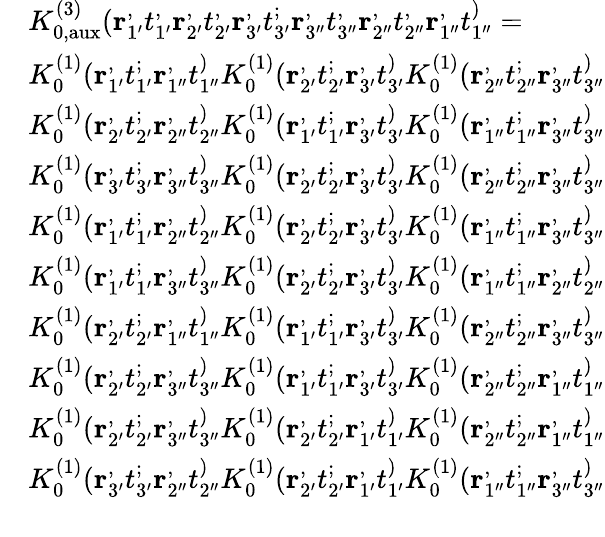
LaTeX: \begin{array}{rl}&{K_{0,\mathrm{aux}}^{(3)}(\mathbf{r}_{1^{\prime}}^,t_{1^{\prime}}^,\mathbf{r}_{2^{\prime}}^,t_{2^{\prime}}^,\mathbf{r}_{3^{\prime}}^,t_{3^{\prime}}^;\mathbf{r}_{3^{\prime\prime}}^,t_{3^{\prime\prime}}^,\mathbf{r}_{2^{\prime\prime}}^,t_{2^{\prime\prime}}^,\mathbf{r}_{1^{\prime\prime}}^,t_{1^{\prime\prime}}^)=}\\ &{K_{0}^{(1)}(\mathbf{r}_{1^{\prime}}^,t_{1^{\prime}}^;\mathbf{r}_{1^{\prime\prime}}^,t_{1^{\prime\prime}}^)K_{0}^{(1)}(\mathbf{r}_{2^{\prime}}^,t_{2^{\prime}}^;\mathbf{r}_{3^{\prime}}^,t_{3^{\prime}}^)K_{0}^{(1)}(\mathbf{r}_{2^{\prime\prime}}^,t_{2^{\prime\prime}}^;\mathbf{r}_{3^{\prime\prime}}^,t_{3^{\prime\prime}}^)}\\ &{K_{0}^{(1)}(\mathbf{r}_{2^{\prime}}^,t_{2^{\prime}}^;\mathbf{r}_{2^{\prime\prime}}^,t_{2^{\prime\prime}}^)K_{0}^{(1)}(\mathbf{r}_{1^{\prime}}^,t_{1^{\prime}}^;\mathbf{r}_{3^{\prime}}^,t_{3^{\prime}}^)K_{0}^{(1)}(\mathbf{r}_{1^{\prime\prime}}^,t_{1^{\prime\prime}}^;\mathbf{r}_{3^{\prime\prime}}^,t_{3^{\prime\prime}}^)}\\ &{K_{0}^{(1)}(\mathbf{r}_{3^{\prime}}^,t_{3^{\prime}}^;\mathbf{r}_{3^{\prime\prime}}^,t_{3^{\prime\prime}}^)K_{0}^{(1)}(\mathbf{r}_{2^{\prime}}^,t_{2^{\prime}}^;\mathbf{r}_{3^{\prime}}^,t_{3^{\prime}}^)K_{0}^{(1)}(\mathbf{r}_{2^{\prime\prime}}^,t_{2^{\prime\prime}}^;\mathbf{r}_{3^{\prime\prime}}^,t_{3^{\prime\prime}}^)}\\ &{K_{0}^{(1)}(\mathbf{r}_{1^{\prime}}^,t_{1^{\prime}}^;\mathbf{r}_{2^{\prime\prime}}^,t_{2^{\prime\prime}}^)K_{0}^{(1)}(\mathbf{r}_{2^{\prime}}^,t_{2^{\prime}}^;\mathbf{r}_{3^{\prime}}^,t_{3^{\prime}}^)K_{0}^{(1)}(\mathbf{r}_{1^{\prime\prime}}^,t_{1^{\prime\prime}}^;\mathbf{r}_{3^{\prime\prime}}^,t_{3^{\prime\prime}}^)}\\ &{K_{0}^{(1)}(\mathbf{r}_{1^{\prime}}^,t_{1^{\prime}}^;\mathbf{r}_{3^{\prime\prime}}^,t_{3^{\prime\prime}}^)K_{0}^{(1)}(\mathbf{r}_{2^{\prime}}^,t_{2^{\prime}}^;\mathbf{r}_{3^{\prime}}^,t_{3^{\prime}}^)K_{0}^{(1)}(\mathbf{r}_{1^{\prime\prime}}^,t_{1^{\prime\prime}}^;\mathbf{r}_{2^{\prime\prime}}^,t_{2^{\prime\prime}}^)}\\ &{K_{0}^{(1)}(\mathbf{r}_{2^{\prime}}^,t_{2^{\prime}}^;\mathbf{r}_{1^{\prime\prime}}^,t_{1^{\prime\prime}}^)K_{0}^{(1)}(\mathbf{r}_{1^{\prime}}^,t_{1^{\prime}}^;\mathbf{r}_{3^{\prime}}^,t_{3^{\prime}}^)K_{0}^{(1)}(\mathbf{r}_{2^{\prime\prime}}^,t_{2^{\prime\prime}}^;\mathbf{r}_{3^{\prime\prime}}^,t_{3^{\prime\prime}}^)}\\ &{K_{0}^{(1)}(\mathbf{r}_{2^{\prime}}^,t_{2^{\prime}}^;\mathbf{r}_{3^{\prime\prime}}^,t_{3^{\prime\prime}}^)K_{0}^{(1)}(\mathbf{r}_{1^{\prime}}^,t_{1^{\prime}}^;\mathbf{r}_{3^{\prime}}^,t_{3^{\prime}}^)K_{0}^{(1)}(\mathbf{r}_{2^{\prime\prime}}^,t_{2^{\prime\prime}}^;\mathbf{r}_{1^{\prime\prime}}^,t_{1^{\prime\prime}}^)}\\ &{K_{0}^{(1)}(\mathbf{r}_{2^{\prime}}^,t_{2^{\prime}}^;\mathbf{r}_{3^{\prime\prime}}^,t_{3^{\prime\prime}}^)K_{0}^{(1)}(\mathbf{r}_{2^{\prime}}^,t_{2^{\prime}}^;\mathbf{r}_{1^{\prime}}^,t_{1^{\prime}}^)K_{0}^{(1)}(\mathbf{r}_{2^{\prime\prime}}^,t_{2^{\prime\prime}}^;\mathbf{r}_{1^{\prime\prime}}^,t_{1^{\prime\prime}}^)}\\ &{K_{0}^{(1)}(\mathbf{r}_{3^{\prime}}^,t_{3^{\prime}}^;\mathbf{r}_{2^{\prime\prime}}^,t_{2^{\prime\prime}}^)K_{0}^{(1)}(\mathbf{r}_{2^{\prime}}^,t_{2^{\prime}}^;\mathbf{r}_{1^{\prime}}^,t_{1^{\prime}}^)K_{0}^{(1)}(\mathbf{r}_{1^{\prime\prime}}^,t_{1^{\prime\prime}}^;\mathbf{r}_{3^{\prime\prime}}^,t_{3^{\prime\prime}}^)}\\ &{}\end{array}